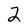
Character: 2